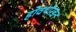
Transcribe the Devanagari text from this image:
होवथोरडन